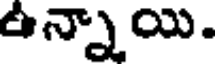
ఉన్నాయి.